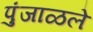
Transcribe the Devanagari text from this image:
पुंजाळले